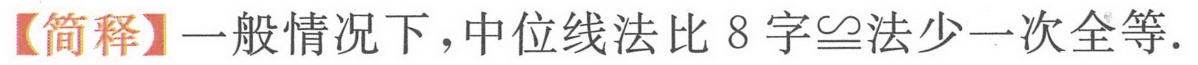
【简释】一般情况下，中位线法比8字\(\cong\)法少一次全等.